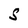
Character: S